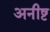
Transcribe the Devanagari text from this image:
अनीष्ट